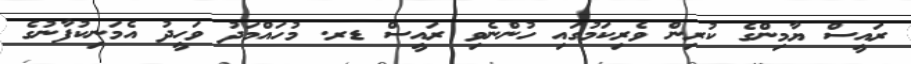
ރައީސް ޔާމިންގެ ކުރިން ވެރިކަމުގައި ހުންނެވި ރައީސް ޑރ. މުހައްމަދު ވަހީދު އެމަނިކުފާނުގެ